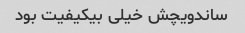
ساندویچش خیلی بیکیفیت بود